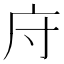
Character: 𫷦